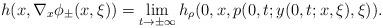
LaTeX: \begin{align*}h(x,\nabla_x\phi_\pm(x,\xi))=\lim_{t\to\pm\infty} h_\rho(0,x,p(0,t;y(0,t;x,\xi),\xi)) .\end{align*}